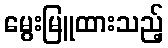
မွေးမြူထားသည့်